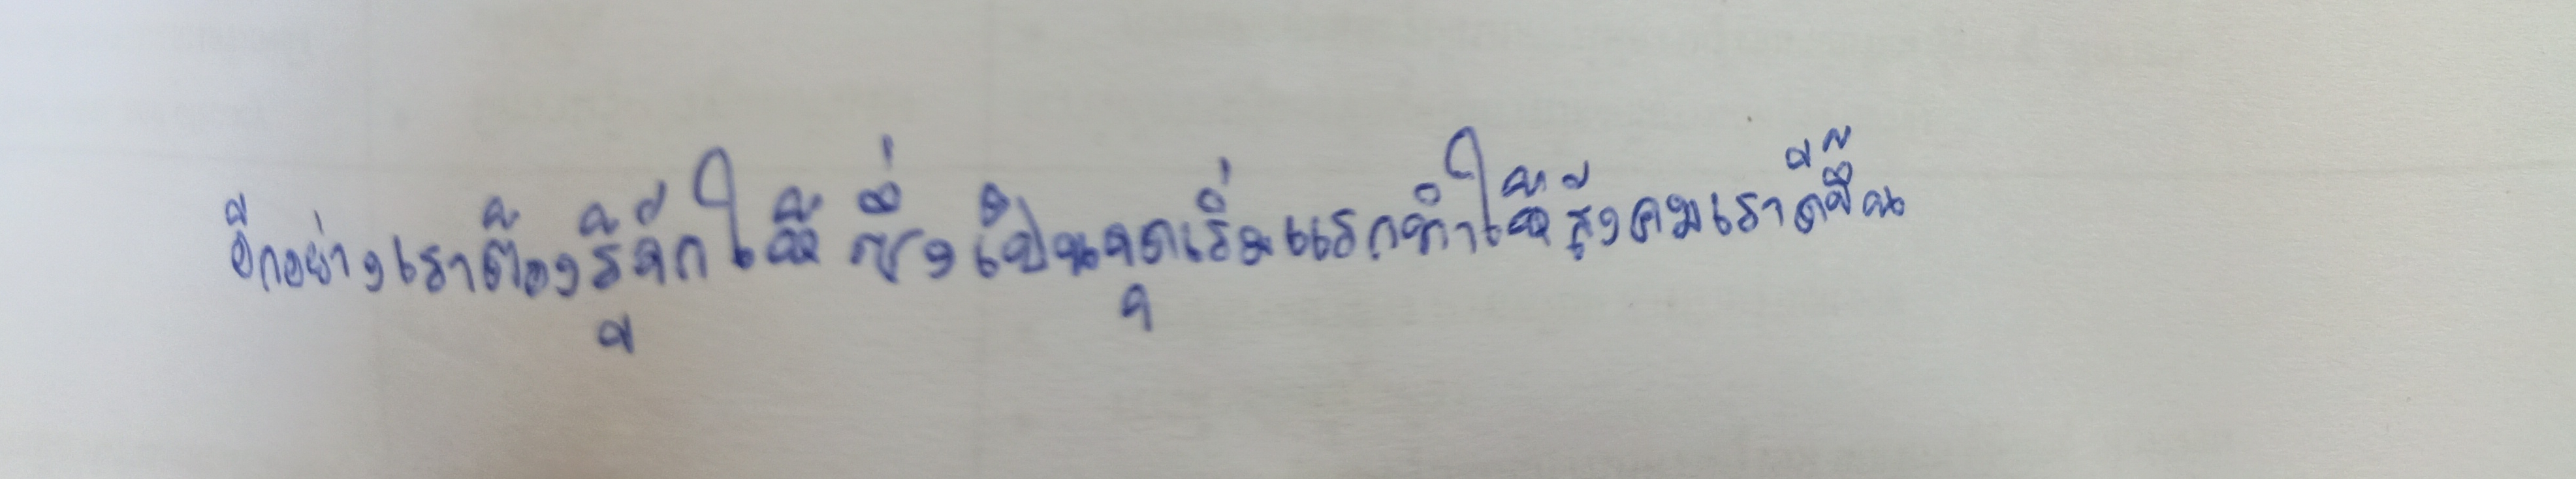
อีกอย่างเราต้องรู้จักให้ซึ่งเป็นจุดเริ่มแรกทำให้สังคมเราดีขึ้น